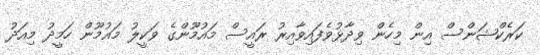
ކަރެކްޝަންސް އިން މިހެން ވިދާޅުވެފައިވާއިރު ރައީސް މައުމޫންގެ ވަކީލު މައުމޫން ހަމީދު މިއަދު